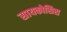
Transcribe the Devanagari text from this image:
सायकोसिस